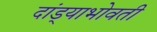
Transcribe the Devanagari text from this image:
दांड्याभोवती